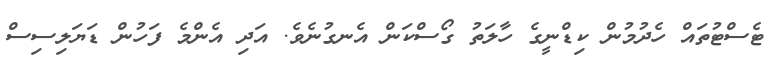
ޓެސްޓުތައް ހެދުމުން ކިޑްނީގެ ހާލަތު ގޯސްކަން އެނގުނެވެ. އަދި އެންމެ ފަހުން ޑަޔަލިސިސް